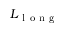
L _ { \mathrm { ~ l ~ o ~ n ~ g ~ } }